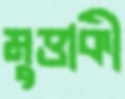
মুত্তাকী